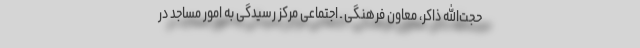
حجت‌الله ذاکر، معاون فرهنگی ـ اجتماعی مرکز رسیدگی به امور مساجد در